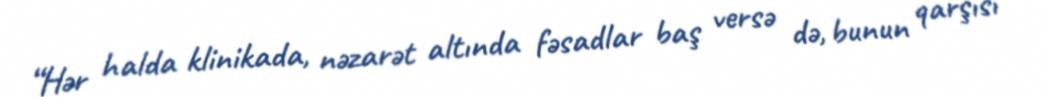
“Hər halda klinikada, nəzarət altında fəsadlar baş versə də, bunun qarşısı